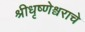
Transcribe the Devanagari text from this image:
श्रीधृष्णेश्वराचे